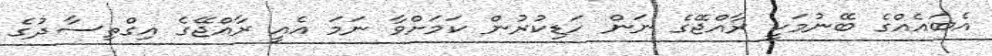
އެބައެއްގެ ބޭނުމަކީ ރާއްޖޭގެ ނަން ހަޑިކުރުން ކަމަށްވާ ނަމަ އެއީ ރާއްޖޭގެ އިގްތިސާދުގެ